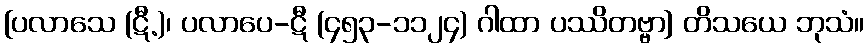
[ပလာသေ (ဋီ.)၊ ပလာပေ-ဋီ (၄၅၃-၁၁၂၄) ဂါထာ ပဿိတဗ္ဗာ] တိသယေ ဘုသံ။